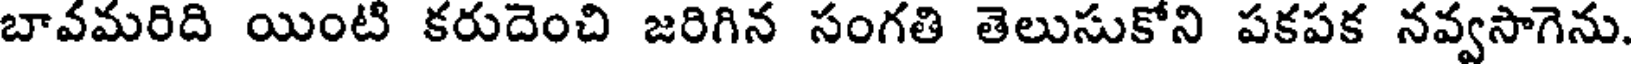
బావమరిది యింటి కరుదెంచి జరిగిన సంగతి తెలుసుకోని పకపక నవ్వసాగెను.